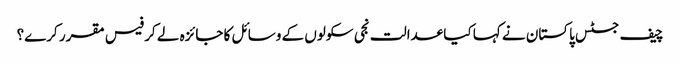
چیف جسٹس پاکستان نے کہا کیا عدالت نجی سکولوں کے وسائل کا جائزہ لے کر فیس مقرر کرے؟